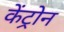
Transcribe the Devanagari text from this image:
केंट्रोन